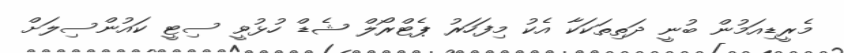
މެރީޑިއަމުން ބުނީ ދަތިތަކަކާ އެކު މިފަހަރު ޕެޓްރޯލް ޝެޑް ހުޅުވީ ސިޓީ ކައުންސިލަށް